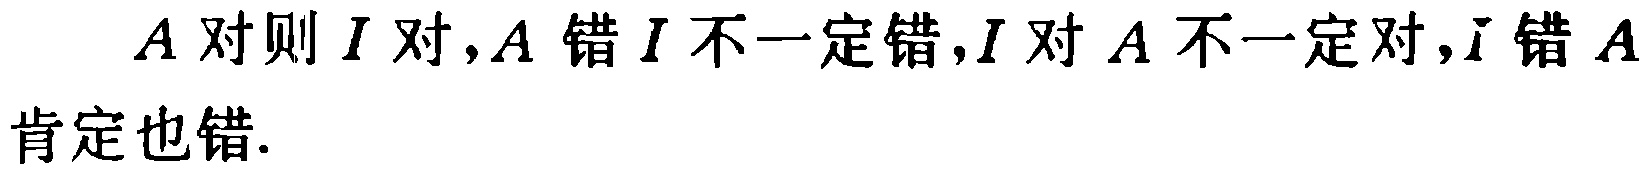
\(A\)对则\(I\)对,\(A\)错\(I\)不一定错,\(I\)对\(A\)不一定对,\(I\)错\(A\)肯定也错.